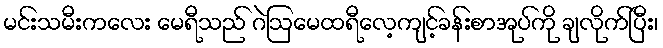
မင်းသမီးကလေး မေရီသည် ဂဲဩမေထရီလေ့ကျင့်ခန်းစာအုပ်ကို ချလိုက်ပြီး၊